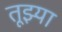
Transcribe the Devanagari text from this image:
तूझ्या